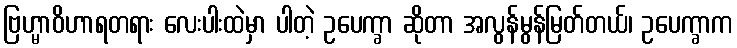
ဗြဟ္မာဝိဟာရတရား လေးပါးထဲမှာ ပါတဲ့ ဥပေက္ခာ ဆိုတာ အလွန်မွန်မြတ်တယ်၊ ဥပေက္ခာက